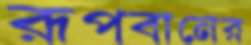
রূপবানের